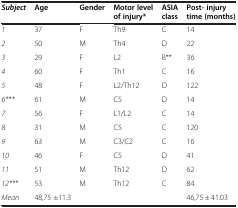
<table><thead><tr><td><b><i>Subject</i></b></td><td><b>Age</b></td><td><b>Gender</b></td><td><b>Motor level of injury*</b></td><td><b>ASIA class</b></td><td><b>Post- injury time (months)</b></td></tr></thead><tbody><tr><td><i>1</i></td><td>37</td><td>F</td><td>Th9</td><td>C</td><td>14</td></tr><tr><td><i>2</i></td><td>50</td><td>M</td><td>Th4</td><td>D</td><td>22</td></tr><tr><td><i>3</i></td><td>29</td><td>F</td><td>L2</td><td>B**</td><td>36</td></tr><tr><td><i>4</i></td><td>60</td><td>F</td><td>Th1</td><td>C</td><td>16</td></tr><tr><td><i>5</i></td><td>48</td><td>F</td><td>L2/Th12</td><td>D</td><td>122</td></tr><tr><td><i>6***</i></td><td>61</td><td>M</td><td>C5</td><td>D</td><td>14</td></tr><tr><td><i>7</i></td><td>56</td><td>F</td><td>L1/L2</td><td>C</td><td>14</td></tr><tr><td><i>8</i></td><td>31</td><td>M</td><td>C5</td><td>C</td><td>120</td></tr><tr><td><i>9</i></td><td>63</td><td>M</td><td>C3/C2</td><td>C</td><td>16</td></tr><tr><td><i>10</i></td><td>46</td><td>F</td><td>C5</td><td>D</td><td>41</td></tr><tr><td><i>11</i></td><td>51</td><td>M</td><td>Th12</td><td>D</td><td>62</td></tr><tr><td><i>12***</i></td><td>53</td><td>M</td><td>Th12</td><td>C</td><td>84</td></tr><tr><td><i>Mean</i></td><td>48,75 ±11.3</td><td> </td><td> </td><td> </td><td>46,75 ± 41.03</td></tr></tbody></table>